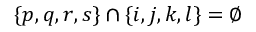
\{ p , q , r , s \} \cap \{ i , j , k , l \} = \emptyset